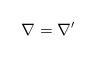
LaTeX: \begin{align*}\nabla = \nabla'\end{align*}